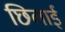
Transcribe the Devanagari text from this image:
छिलाई